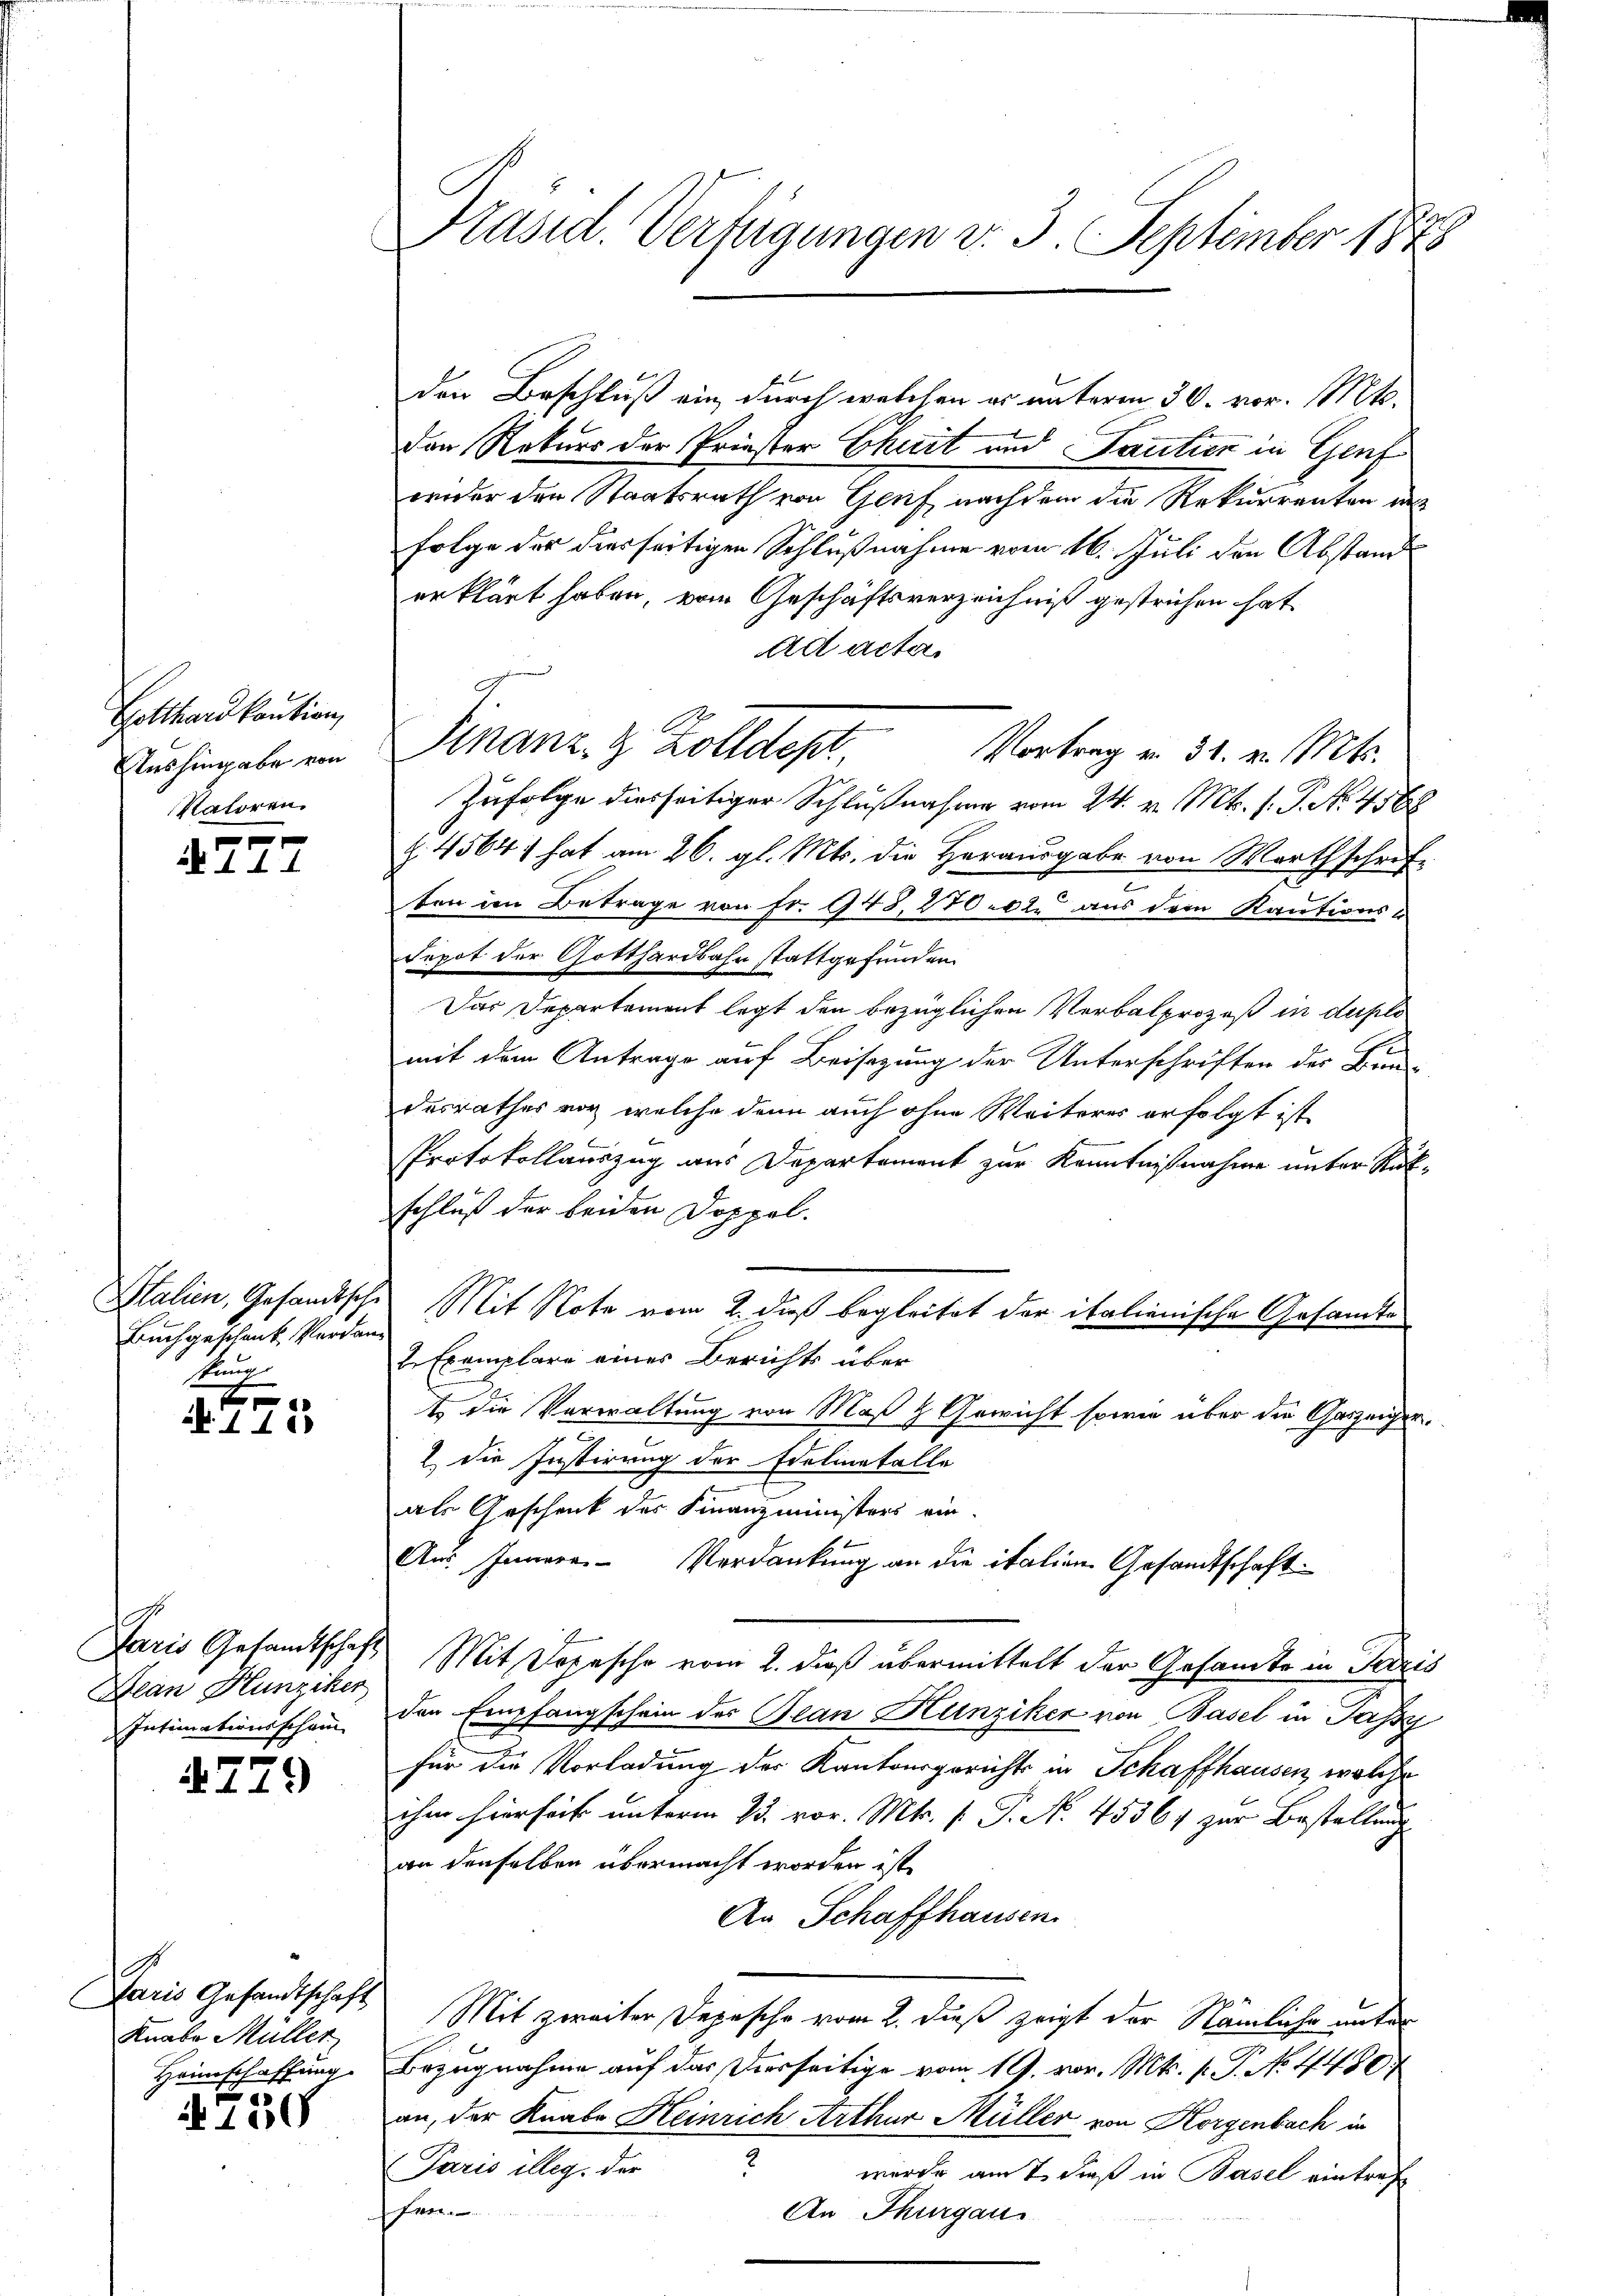
Gotthard kaution
Aushingabe von
Valoren.

e
 A. A.

Buchgeschenk Verdan
kung

t
N. 111

Alan Kunziker
Intimationsschein
f

N 179

Paris Gesandtschaft
Knabe Müller
Heimschaffung.

750

Präsid. Verfügungen d. 3. September 1848

den Beschluß ein, durch welchen er unterm 30. vor. Mts.
Den Rekurs der Priester Chait und Paulien in Genf
wider den Staatsrath von Genf nachdem die Rekurrenten in
Folge der diesseitigen Schlußnahme vom 16. Juli den Abstand
erklärt haben, vom Geschäftsverzeichniß gestrichen hat
ad actes
Finanz- & Zolldept,
Vortrag v. 31. v. Mts.
Zufolge diesseitiger Schlußnahme vom 24. v. Mts. f. P. No. 4588
Z. 45641 hat am 26. gl. Mts. die Herausgabe von Warthschrift
ten in Betrage von Fr. 943, 27002. aus dem Kautions¬
Sepot der Gotthardbahn stattgefunden.
Das Departament legt den bezüglichen Verbalprozeß in dasels
mit dem Antrage auf Beisazung der Unterschriften der Bun
desrathes vor, welche denn auch ohne Weiteres erfolgt ist,
Protokollauszug aus Departement zur Kenntnißnahme unter Rükschluß der beiden Doppel.
Stalien, Gesandtsche Mit Note vom 2. dieß begleitet der italienische Gesamte
2 Exemplare eines Berichts über
t die Verwaltung von Maß & Gewicht sowie über die Ganzeiger.
1 die Justirung der Edelinatalle
als Geschenk des Finanzministers ein-
Aus Innere Verdankung an die italien Gesandtschaft
Paris Gesandtschaft Mit Depesche vom 2. dieß übermittelt der Gesamte in Sazis
den Empfangschein des Jean Hunziker von Basel in Passi
für die Vorladung der Kantonsgericht in Schaffhausen, welche
ihm hierseit unterm 25. vor. Mtr. P. P. N. 45561 zur Bestellung
an denselben übermacht worden ist.
An Schaffhausen.
Mit zweiter Depesche vom 2. dieß zeigt der Nämliche unter
Bezugnahme auf das Verseitige vom 19. vor. Mts. f. P. No. 4480
an, der Knabe Heinrich Arthur Müller von Horgenbach in
3
Paris illeg. der
wurde amt dieß in Basel eintref
ffer
An Thurgau